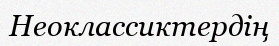
Неоклассиктердің